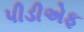
પીડીએફ